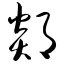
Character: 郯